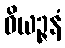
ဝိယဉ္ဇနံ